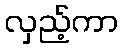
လှည့်ကာ